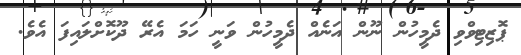
ޕޮޒިޓިވްވި ދެމީހުން ނޫން އަނެއް ދެމީހުން ވަނީ ހަމަ އެރޭ ދޫކޮށްލައިފަ އެވެ.